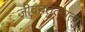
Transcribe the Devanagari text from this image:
जीवनतुल्यता